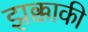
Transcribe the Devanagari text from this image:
झक्काकी